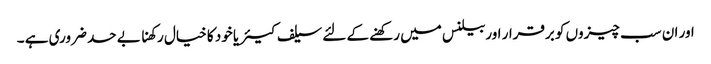
اور ان سب چیزوں کو برقرار اوربیلنس میں رکھنے کے لئے سیلف کیئر یا خود کا خیال رکھنا بے حد ضروری ہے ۔